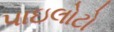
પાઇલોટો